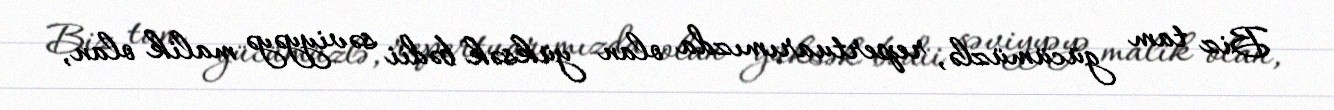
Biz tam gücümüzlə, repertuarımızda olan yüksək bədii səviyyəyə malik olan,